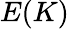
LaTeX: E(K)